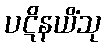
ပဋိနယိံသု